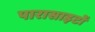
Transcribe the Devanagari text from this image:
पारासाइटों